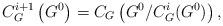
LaTeX: \begin{align*}C_G^{i+1}\left(G^0\right) = C_G\left(G^0/C_G^i(G^0)\right),\end{align*}